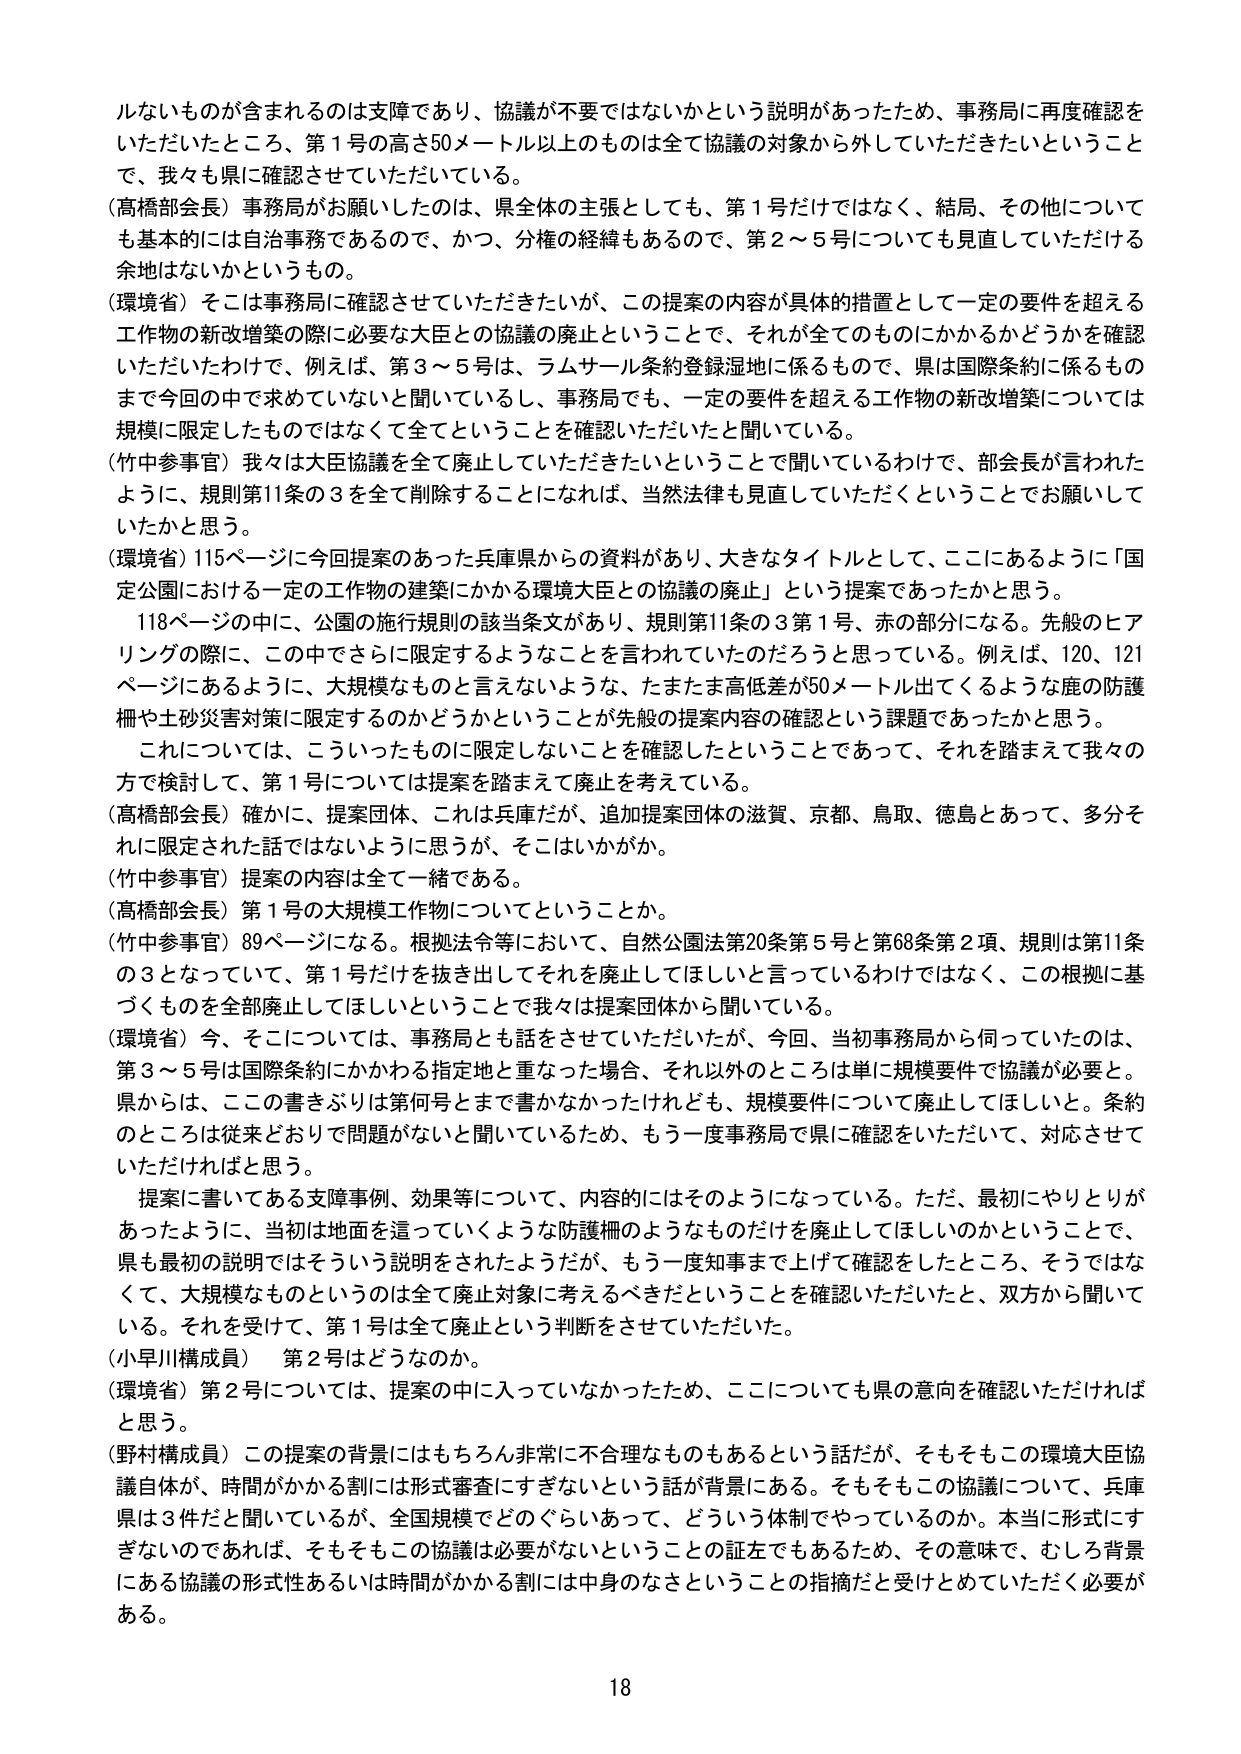
ルないものが含まれるのは支障であり、協議が不要ではないかという説明があったため、事務局に再度確認をいただいたところ、第1号の高さ50メートル以上のものは全て協議の対象から外していただきたいということで、我々も県に確認させていただいている。

（高橋部会長）事務局がお願いしたのは、県全体の主張としても、第1号だけではなく、結局、その他についても基本的には自治事務であるので、かつ、分権の経緯もあるので、第2～5号についても見直していただける余地はないかというもの。

（環境省）そこは事務局に確認させていただきたいが、この提案の内容が具体的措置として一定の要件を超える工作物の新改増築の際に必要な大臣との協議の廃止ということで、それが全てのものにかかるかどうかを確認いただいたわけで、例えば、第3～5号は、ラムサール条約登録湿地に係るもので、県は国際条約に係るものまで今回の中で求めていないと聞いているし、事務局でも、一定の要件を超える工作物の新改増築については規模に限定したものではなくて全てということを確認いただいたと聞いている。

（竹中参事官）我々は大臣協議を全て廃止していただきたいということで聞いているわけで、部会長が言われたように、規則第11条の3を全て削除することになれば、当然法律も見直していただくということでお願いしていたかと思う。

（環境省）115ページに今回提案のあった兵庫県からの資料があり、大きなタイトルとして、ここにあるように「国立公園における一定の工作物の建築にかかる環境大臣との協議の廃止」という提案であったかと思う。

　118ページの中に、公園の施行規則の該当条文があり、規則第11条の3第1号、赤の部分になる。先般のヒアリングの際に、この中でさらに限定するようなことを言われていたのだろうと思っている。例えば、120、121ページにあるように、大規模なものと言えないような、たまたま高低差が50メートル出てくるような鹿の防護柵や土砂災害対策に限定するのかどうかということが先般の提案内容の確認という課題であったかと思う。

　これについては、こういったものに限定しないことを確認したということであって、それを踏まえて我々の方で検討して、第1号については提案を踏まえて廃止を考えている。

（高橋部会長）確かに、提案団体、これは兵庫だが、追加提案団体の滋賀、京都、鳥取、徳島とあって、多分それに限定された話ではないように思うが、そこはいかがか。

（竹中参事官）提案の内容は全て一緒である。

（高橋部会長）第1号の大規模工作物についてということか。

（竹中参事官）89ページになる。根拠法令等において、自然公園法第20条第5号と第68条第2項、規則は第11条の3となっていて、第1号だけを抜き出してそれを廃止してほしいと言っているわけではなく、この根拠に基づくものを全部廃止してほしいということで我々は提案団体から聞いている。

（環境省）今、そこについては、事務局とも話をさせていただいたが、今回、当初事務局から伺っていたのは、第3～5号は国際条約にかかわる指定地と重なった場合、それ以外のところは単に規模要件で協議が必要と。県からは、この書きぶりは第何号とまで書かなかったけれども、規模要件について廃止してほしいと。条約のところは従来どおりで問題がないと聞いているため、もう一度事務局で県に確認をいただいて、対応させていただければと思う。

　提案に書いてある支障事例、効果等について、内容的にはそのようになっている。ただ、最初にやりとりがあったように、当初は地面を這っていくような防護柵のようなものだけを廃止してほしいのかということで、県も最初の説明ではそういう説明をされたようだが、もう一度知事まで上げて確認をしたところ、そうではなくて、大規模なものというのは全て廃止対象に考えるべきだということを確認いただいたと、双方から聞いている。それを受けて、第1号は全て廃止という判断をさせていただいた。

（小早川構成員）　第2号はどうなのか。

（環境省）第2号については、提案の中に入っていなかったため、ここについても県の意向を確認いただければと思う。

（野村構成員）この提案の背景にはもちろん非常に不合理なものもあるという話だが、そもそもこの環境大臣協議自体が、時間がかかる割には形式審査にすぎないという話が背景にある。そもそもこの協議について、兵庫県は3件だと聞いているが、全国規模でどのぐらいあって、どういう体制でやっているのか。本当に形式にすぎないのであれば、そもそもこの協議は必要がないということの証左でもあるため、その意味で、むしろ背景にある協議の形式性あるいは時間がかかる割には中身のなさというこの指摘だと受けとめていただく必要がある。

18